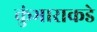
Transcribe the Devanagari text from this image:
कुंभाराकडे